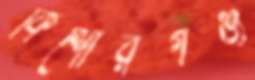
কিশোরগঞ্জ